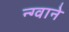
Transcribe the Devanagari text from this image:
न्ग्वाने